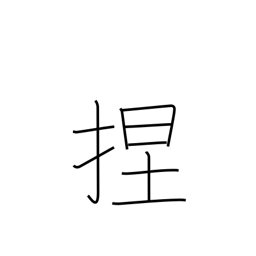
Meaning: knead